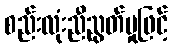
စည်းလုံးညီညွတ်မှုဖြင့်